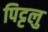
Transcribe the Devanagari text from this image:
पिट्टलु